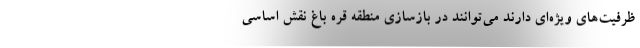
ظرفیت‌های ویژه‌ای دارند می‌توانند در بازسازی منطقه قره باغ نقش اساسی